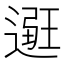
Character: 𨕿